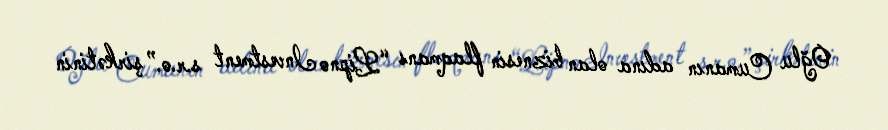
Oğlu Cumanın adına olan biznesin flaqmanı “Lipno Investment s.r.o.” şirkətinin